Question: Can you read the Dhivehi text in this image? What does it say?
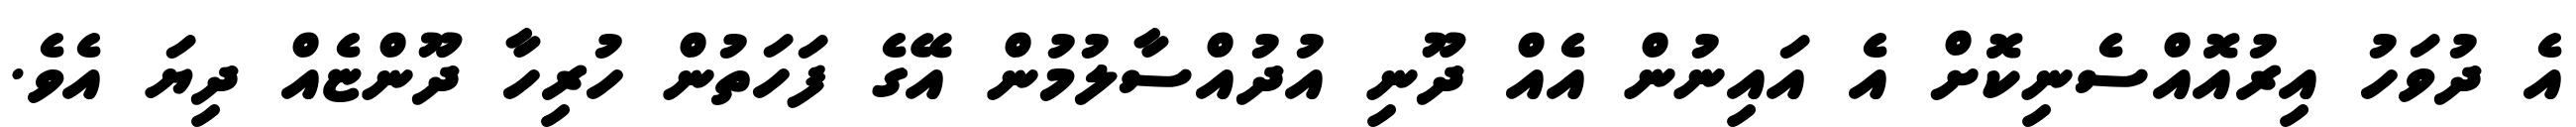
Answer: އެ ދުވަހު އިރުއޮއްސެނިކޮށް އެ އައިނުން އެއް ދޫނި އުދުއްސާލުމުން އޭގެ ފަހަތުން ހުރިހާ ދޫންޏެއް ދިޔަ އެވެ.